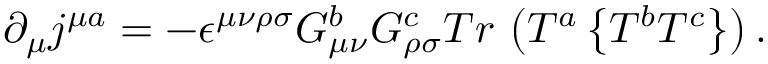
\partial _ { \mu } j ^ { \mu a } = - \epsilon ^ { \mu \nu \rho \sigma } G _ { \mu \nu } ^ { b } G _ { \rho \sigma } ^ { c } T r \, \left( T ^ { a } \left\{ T ^ { b } T ^ { c } \right\} \right) .